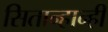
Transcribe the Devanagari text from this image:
सितान्हान्ही